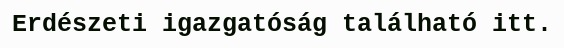
Erdészeti igazgatóság található itt.